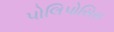
પોલિપોસિસ